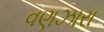
વણઝારા